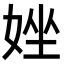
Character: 㛗